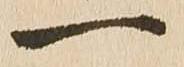
一